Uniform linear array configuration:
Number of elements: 16
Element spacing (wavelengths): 0.75
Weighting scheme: hamming
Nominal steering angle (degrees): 15
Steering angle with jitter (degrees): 14.646
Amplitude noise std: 0.05
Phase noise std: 0.05

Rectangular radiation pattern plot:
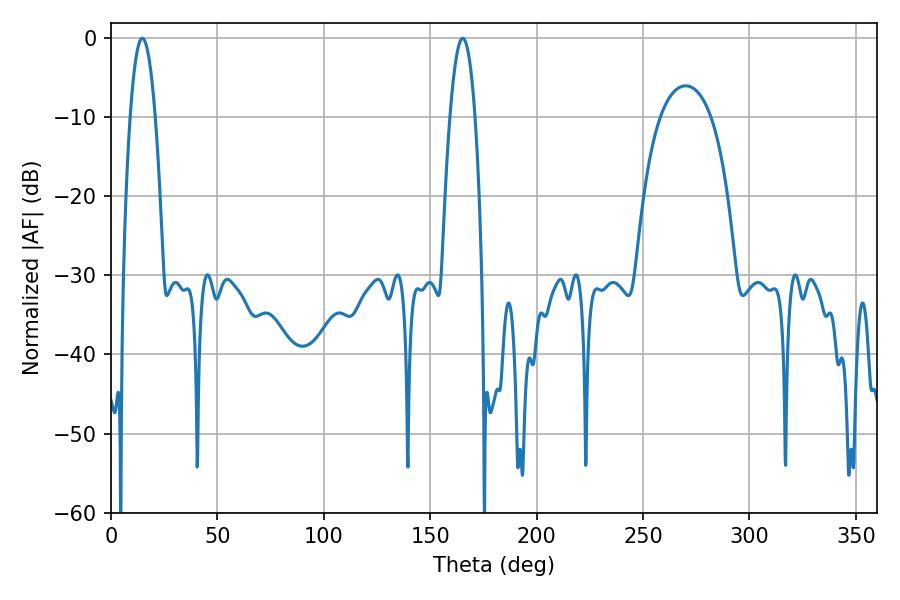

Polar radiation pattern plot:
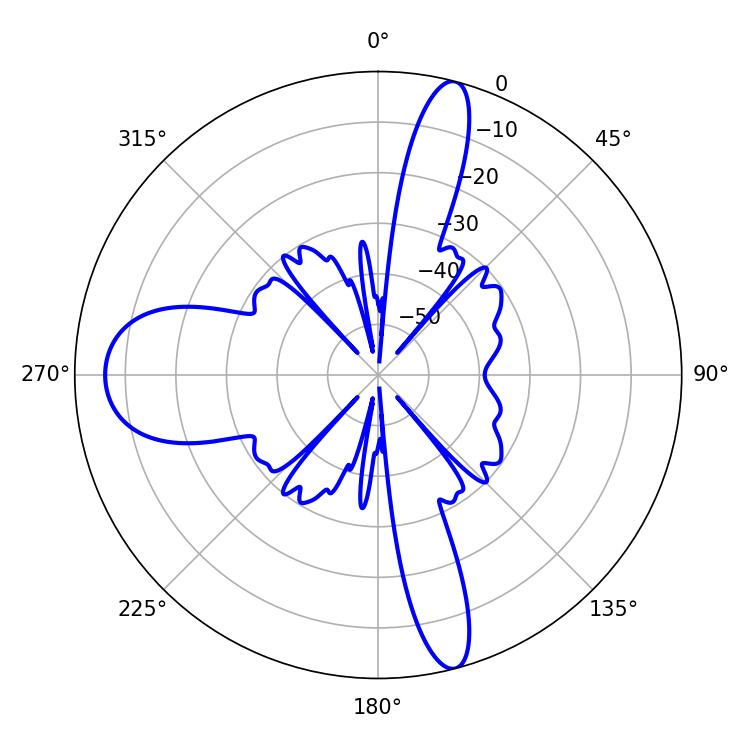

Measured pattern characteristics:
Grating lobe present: TRUE
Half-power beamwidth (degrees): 6.48
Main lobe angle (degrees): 14.76